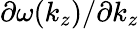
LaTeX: \partial\omega(k_{z})/\partial k_{z}